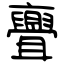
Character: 亹